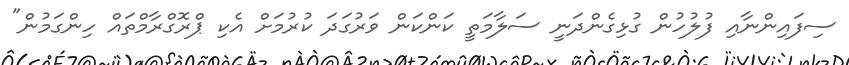
ސިފައިންނާއި ފުލުހުން ގުޅިގެންދަނީ ސަލާމަތީ ކަންކަން ވަރުގަދަ ކުރުމަށް އެކި ޕްރޮގްރާމްތައް ހިންގަމުން"